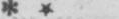
* *